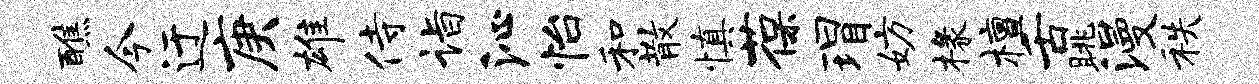
醮今迂庚雄侍诣沁怡和散慎葆瑁妨椽檀舌眺漫秩